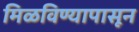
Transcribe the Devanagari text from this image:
मिळविण्यापासून